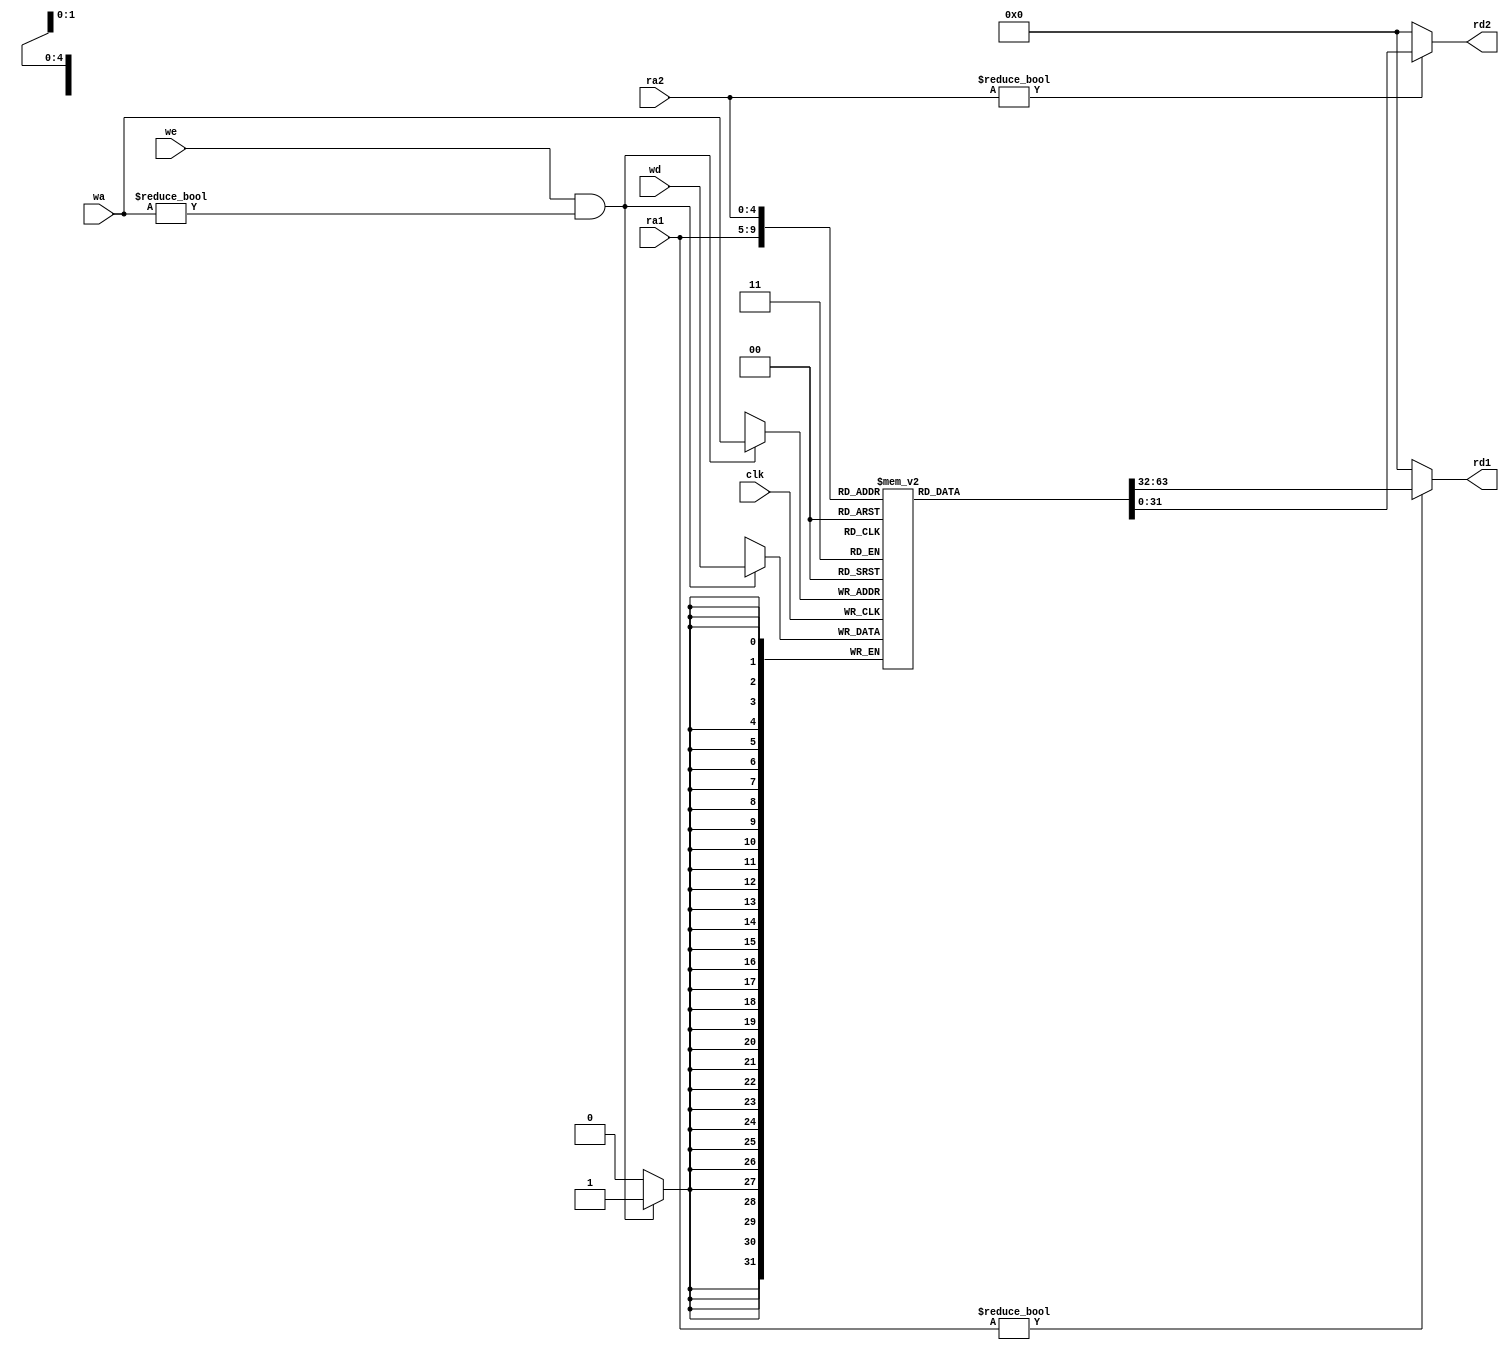
//-----------------------------------------------------------------------------
//  Module: RegFile
//  Desc: An array of 32 32-bit registers
//  Inputs Interface:
//    clk: Clock signal
//    ra1: first read address (asynchronous)
//    ra2: second read address (asynchronous)
//    wa: write address (synchronous)
//    we: write enable (synchronous)
//    wd: data to write (synchronous)
//  Output Interface:
//    rd1: data stored at address ra1
//    rd2: data stored at address ra2
//-----------------------------------------------------------------------------

module RegFile(input clk,
               input we,
               input  [4:0] ra1, 
               input  [4:0] ra2, 
               input  [4:0] wa,
               input  [31:0] wd,
               output [31:0] rd1, 
               output [31:0] rd2);

    // Implement your register file here, then delete this comment.

    (* ram_style = "distributed" *) reg [31:0] register[0:31];

    assign rd1 = (ra1 != 0) ? register[ra1] : 0;
    assign rd2 = (ra2 != 0) ? register[ra2] : 0;

    always @(posedge clk) begin
        if (we && (wa != 0)) 
            register[wa] <= wd;
    end

endmodule